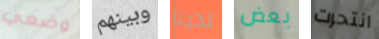
وضعي وبينهم لدينا بعض انتحرت